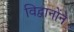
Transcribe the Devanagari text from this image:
विद्वानोंने